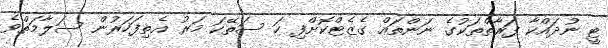
ޓީ ނުދައްކާ ފަރާތްތަކުގެ ނަންތައް ގެޒެޓްކޮށްފި ހަ ސަތޭކަ މަރު އެތިފަހަރުން ސަލާމަތްވެ